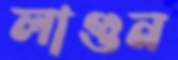
লাগুন